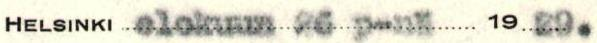
HELSINKI elokuun 26 p-nä 19 29.